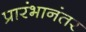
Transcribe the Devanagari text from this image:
प्रारंभानंतर